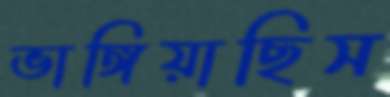
ভাঙ্গিয়াছিস